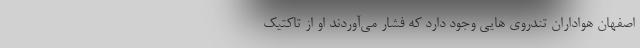
اصفهان هواداران تندروی ها‌یی وجود دارد که فشار می‌آوردند او از تاکتیک